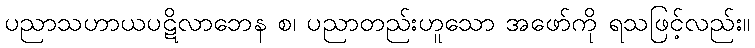
ပညာသဟာယပဋိလာဘေန စ၊ ပညာတည်းဟူသော အဖော်ကို ရသဖြင့်လည်း။